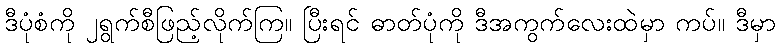
ဒီပုံစံကို ၂ရွက်စီဖြည့်လိုက်ကြ။ ပြီးရင် ဓာတ်ပုံကို ဒီအကွက်လေးထဲမှာ ကပ်။ ဒီမှာ